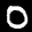
Digit: 0